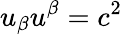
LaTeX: u_{\beta}u^{\beta}=c^{2}